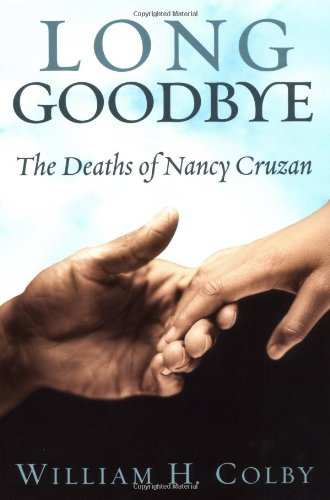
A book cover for Long Goodbye: The Deaths of Nancy Cruzan; William H. Colby; Law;